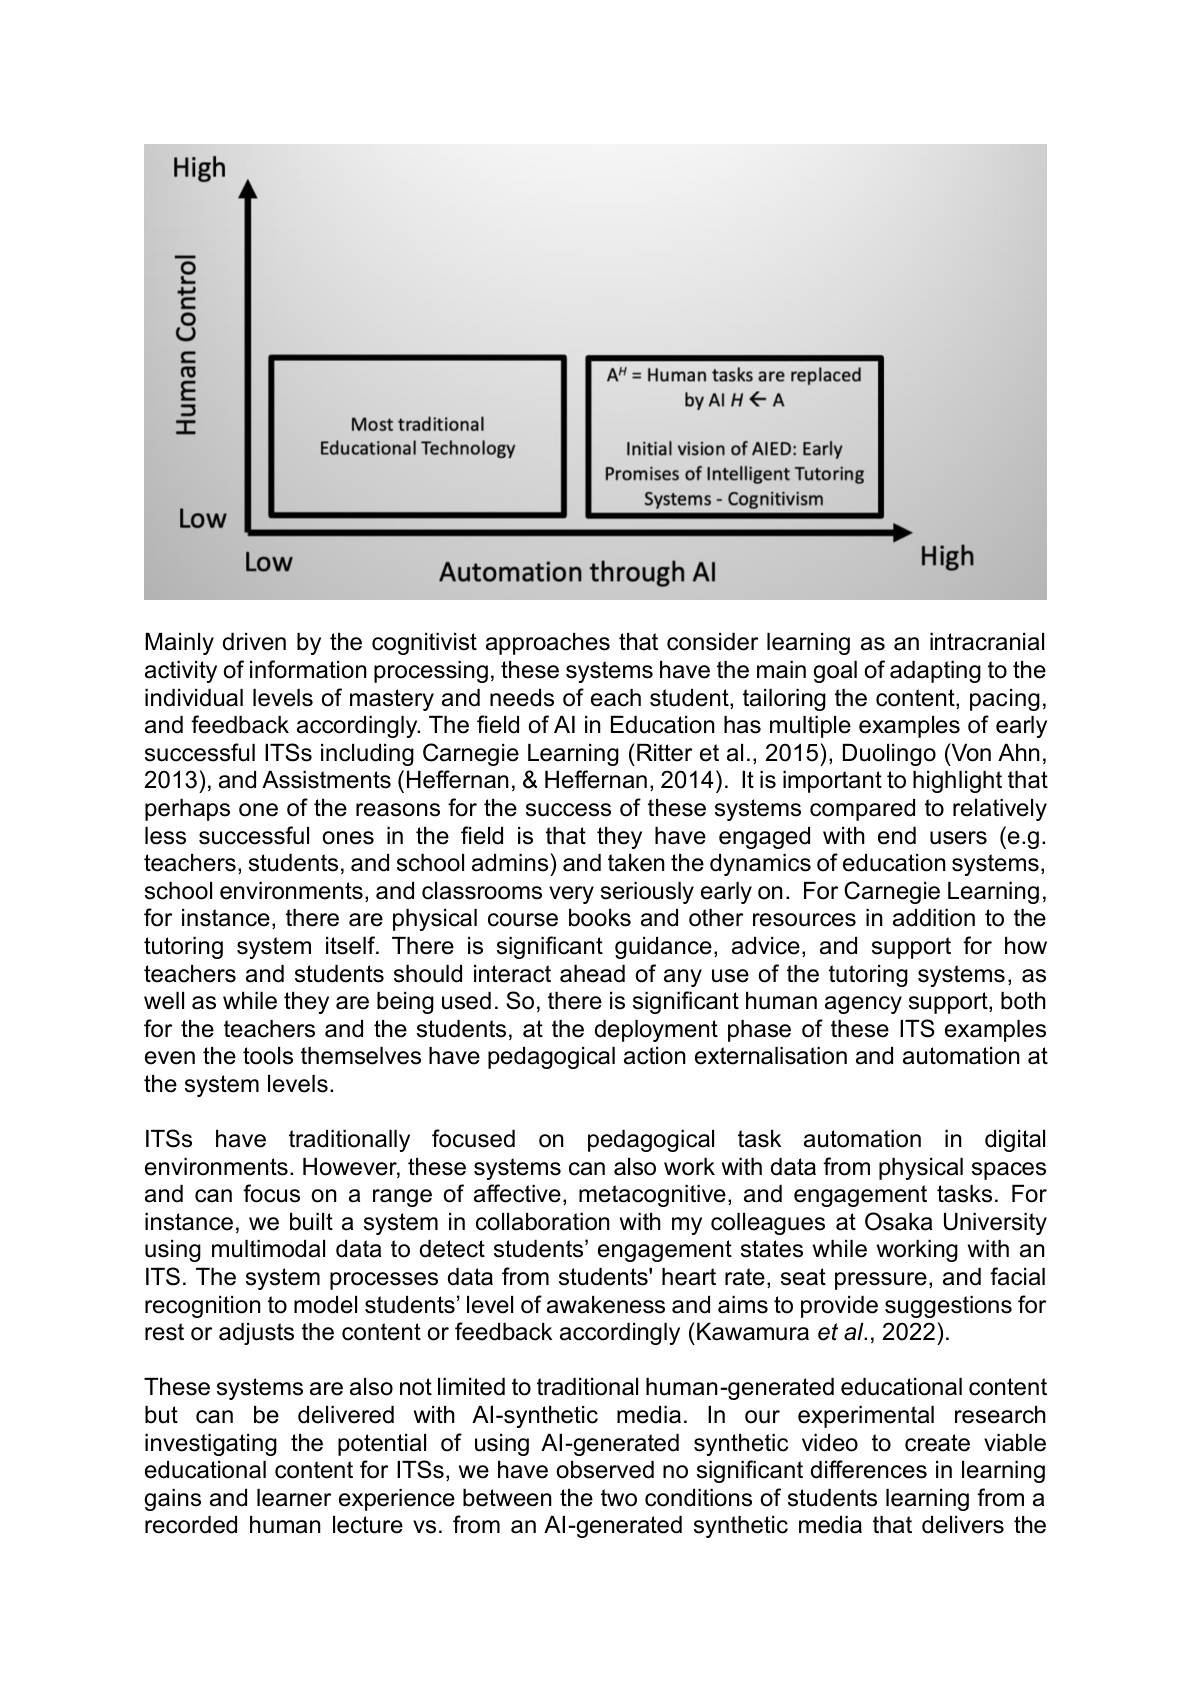
<table>
	<tbody>
		<tr>
			<td>High</td>
			<td> </td>
			<td> </td>
		</tr>
	</tbody>
</table>
High
$LOW$

Automation through Al

Mainly driven by the cognitivist approaches that consider learning as an intracranial activity of information processing, these systems have the main goal of adapting to the individual levels of mastery and needs of each student, tailoring the content, pacing, and feedback accordingly. The field of Al in Education has multiple examples of early successful ITSs including Carnegie Learning (Ritter et al., 2015), Duolingo (Von Ahn, 2013),and Assistments (Heffernan, & Heffernan, 2014). It is important to highlight that perhaps one of the reasons for the success of these systems compared to relatively less successful ones in the field is that they have engaged with end users (e.g. teachers, students, and school admins) and taken the dynamics of education systems, school environments, and classrooms very seriously early on. For Carnegie Learning, for instance, there are physical course books and other resources in addition to the tutoring system itself. There is significant guidance, advice, and support for how teachers and students should interact ahead of any use of the tutoring systems, as well as while they are being used. So, there is significant human agency support, both for the teachers and the students, at the deployment phase of these ITS examples even the tools themselves have pedagogical action externalisation and automation at the system levels.

ITSs have traditionally focused on pedagogical task automation in digital environments. However, these systems can also work with data from physical spaces and can focus on a range of affective, metacognitive, and engagement tasks. For instance, we built a system in collaboration with my colleagues at Osaka University using multimodal data to detect students'engagement states while working with an ITS. The system processes data from students' heart rate, seat pressure, and facial recognition to model students'level of awakeness and aims to provide suggestions for rest or adjusts the content or feedback accordingly (Kawamura et al., 2022).
These systems are also not limited to traditional human-generated educational content but can be delivered with Al-synthetic media. In our experimental research investigating the potential of using Al-generated synthetic video to create viable educational content for ITSs, we have observed no significant differences in learning gains and learner experience between the two conditions of students learning from a recorded human lecture vs. from an Al-generated synthetic media that delivers the